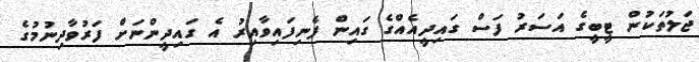
ޖަލުތަކުން ޓީބީގެ އަސަރު ފަސް ގައިދީއެއްގެ ގައިން ފެނިފައިވާއިރު އެ ގައިދީންނަށް ފަރުވާދިނުމުގެ